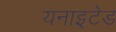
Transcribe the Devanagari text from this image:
यनाइटेड